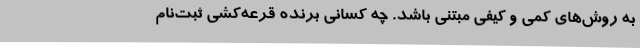
به روش‌های کمی و کیفی مبتنی باشد. چه کسانی برنده قرعه‌کشی ثبت‌نام